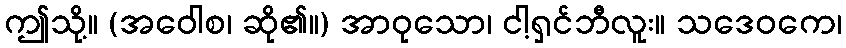
ဤသို့။ (အဝေါစ၊ ဆို၏။) အာဝုသော၊ ငါ့ရှင်ဘီလူး။ သဒေဝကေ၊